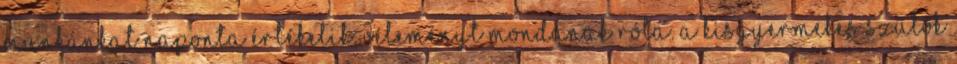
munkánkat naponta értékelik, véleményt mondanak róla. A kisgyermekes szülők